Lunatic asylums Punjab 1881-1894 - 1881-1894
Year: 1881
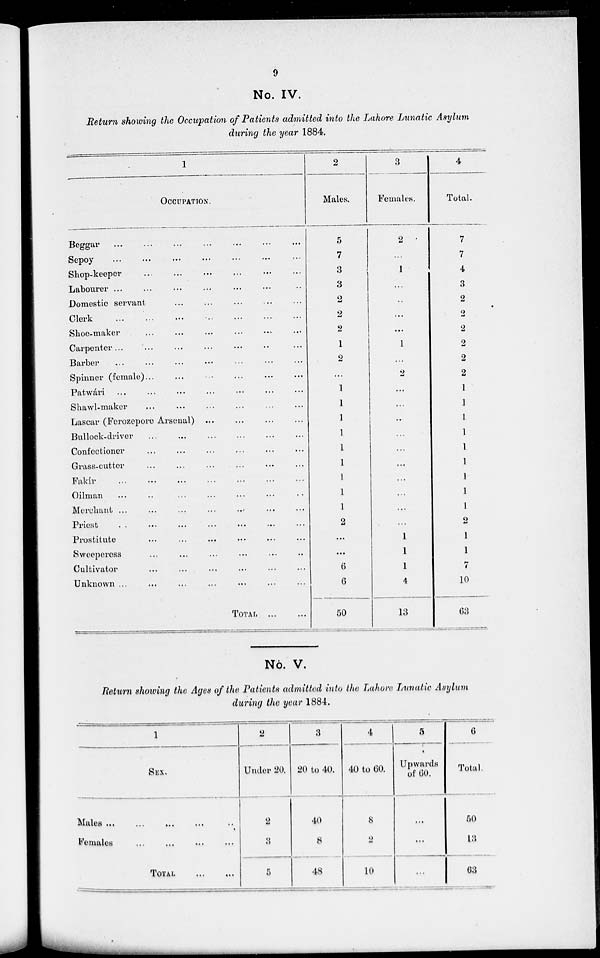
9
No. IV.
Return showing the Occupation of Patients admitted into the Lahore Lunatic Asylum
during the year 1884.
1
OCCUPATION.
Beggar
...
...
...
...
...
...
...
Sepoy ... ... ... ... ... ... ...
Shop-keeper
...
...
...
...
...
Labourer ... ...
...
...
...
...
...
Domestic servant ... ... ... ... ... ...
Clerk
...
...
...
...
...
...
...
Shoe-maker
...
...
...
...
... ...
Carpenter...
...
...
...
...
... ...
Barber
...
...
... ... ... ... ...
Spinner (female)... ... ... ... ... ...
Patwári
...
...
...
...
...
...
...
Shawl-maker ... ... ... ... ... ...
Lascar (Ferozepore Arsenal) ... ... ... ...
Bullock-driver ... ... ... ... ... ...
Confectioner ... ... ... ... ... ...
Grass-cutter ... ... ... ... ... ...
Fakír
...
...
...
...
...
...
...
Oilman
...
...
...
...
...
...
...
Merchant ... ... ... ... ... ... ...
Priest ...
...
...
...
...
...
...
Prostitute
...
...
...
...
...
...
Sweeperess ... ... ... ... ... ...
Cultivator ... ... ... ... ... ...
Unknown ... ... ... ... ... ... ...
TOTAL
...
...
2
Males.
5
7
3
3
2
2
2
1
2
...
1
1
1
1
1
1
1
1
1
2
...
...
6
6
50
3
Females.
2
...
1
...
..
...
...
1
...
2
...
...
...
...
...
...
...
...
...
...
1
1
1
4
13
4
Total.
7
7
4
3
2
2
2
2
2
2
1
1
1
1
1
1
1
1
1
2
1
1
7
10
63
No. V.
Return showing the Ages of the Patients admitted into the Lahore Lunatic Asylum
during the year 1884.
1
SEX.
Males ...
...
...
...
...
Females
...
...
...
...
TOTAL
...
...
2
Under 20.
2
3
5
3
20 to 40.
40
8
48
4
40 to 60.
8
2
10
5
Upwards
of 60.
...
...
...
6
Total.
50
13
63